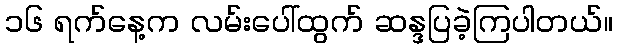
၁၆ ရက်နေ့က လမ်းပေါ်ထွက် ဆန္ဒပြခဲ့ကြပါတယ်။